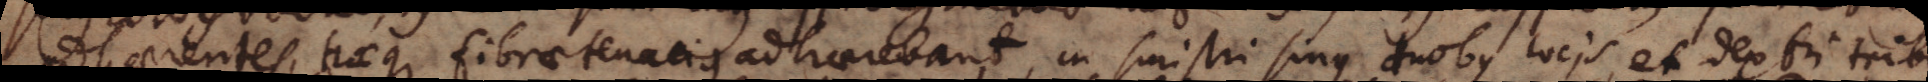
adhaerentes, haeque fibrae tenacius adhaerebant, in sinistri sinus duobus locis, et dextri tribus,